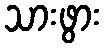
သားဖွား